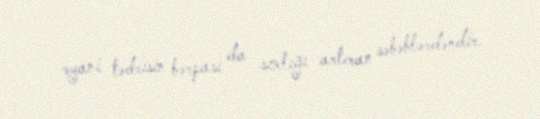
əyani tədrisin bərpası da sıxlığı artıran səbəblərdəndir.